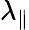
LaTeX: \lambda_{\parallel}